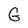
Character: G